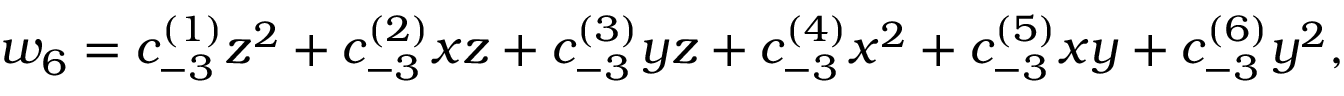
w _ { 6 } = c _ { - 3 } ^ { ( 1 ) } z ^ { 2 } + c _ { - 3 } ^ { ( 2 ) } x z + c _ { - 3 } ^ { ( 3 ) } y z + c _ { - 3 } ^ { ( 4 ) } x ^ { 2 } + c _ { - 3 } ^ { ( 5 ) } x y + c _ { - 3 } ^ { ( 6 ) } y ^ { 2 } ,